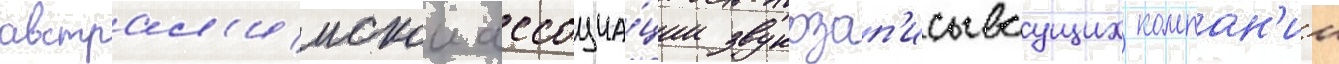
австрал'иискои ассоциа́ции звукозап'исываущих компан'ии